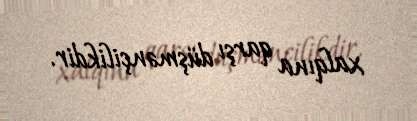
xalqına qarşı düşmənçilikdir.